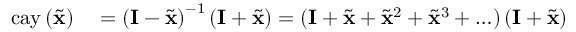
\begin{array} { r l } { \mathrm { c a y } \left( \tilde { \mathbf { x } } \right) } & { { } = \left( \mathbf { I } - \tilde { \mathbf { x } } \right) ^ { - 1 } \left( \mathbf { I } + \tilde { \mathbf { x } } \right) = ( \mathbf { I } + \tilde { \mathbf { x } } + \tilde { \mathbf { x } } ^ { 2 } + \tilde { \mathbf { x } } ^ { 3 } + \ldots ) \left( \mathbf { I } + \tilde { \mathbf { x } } \right) } \end{array}